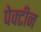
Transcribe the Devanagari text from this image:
पेक्टीन